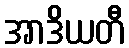
အာဒိယတီ